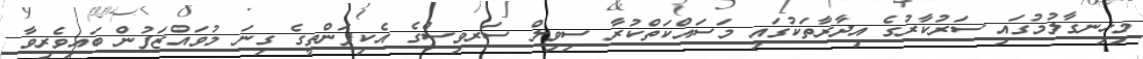
މިހިނގާލުމުގައި ސަރުކާރުގެ އިދާރާތަކުގައި މަސައްކަތްކުރާ ސިވިލް ސަރވިސްގެ އެކިފަންތީގެ ގިނަ މުވައްޒަފުން ބައިވެރިވާ